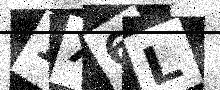
Text: 1X6L